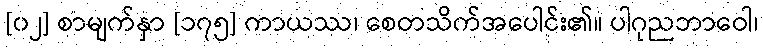
[၀၂] စာမျက်နှာ [၁၇၅] ကာယဿ၊ စေတသိက်အပေါင်း၏။ ပါဂုညဘာဝေါ၊